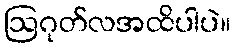
ဩဂုတ်လအထိပါပဲ။